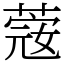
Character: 𦸅